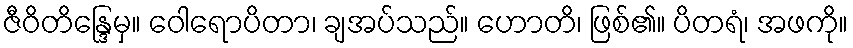
ဇီဝိတိန္ဒြေမှ။ ဝေါရောပိတာ၊ ချအပ်သည်။ ဟောတိ၊ ဖြစ်၏။ ပိတရံ၊ အဖကို။